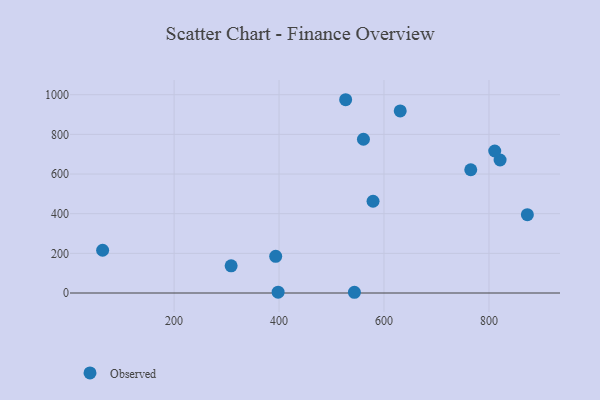
{"axis": {"x": "Ad Spend", "y": "Fuel Efficiency"}, "legend": ["Observed"], "data": [{"x": "873.2", "y": 394.8, "type": "Observed"}, {"x": "765.3", "y": 621.7, "type": "Observed"}, {"x": "630.9", "y": 918.0, "type": "Observed"}, {"x": "543.6", "y": 3.7, "type": "Observed"}, {"x": "393.6", "y": 185.0, "type": "Observed"}, {"x": "579.1", "y": 462.7, "type": "Observed"}, {"x": "821.2", "y": 670.8, "type": "Observed"}, {"x": "560.8", "y": 775.5, "type": "Observed"}, {"x": "811.0", "y": 716.1, "type": "Observed"}, {"x": "308.7", "y": 137.3, "type": "Observed"}, {"x": "398.2", "y": 4.3, "type": "Observed"}, {"x": "526.9", "y": 974.7, "type": "Observed"}, {"x": "63.8", "y": 215.6, "type": "Observed"}]}